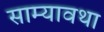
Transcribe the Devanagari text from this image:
साम्यावथा